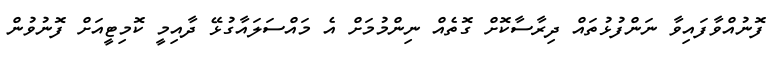
ފޮނުއްވާފައިވާ ނަންފުޅުތައް ދިރާސާކޮށް ގޮތެއް ނިންމުމަށް އެ މައްސަލައާގުޅޭ ދާއިމީ ކޮމިޓީއަށް ފޮނުވުން